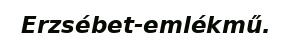
Erzsébet-emlékmű.